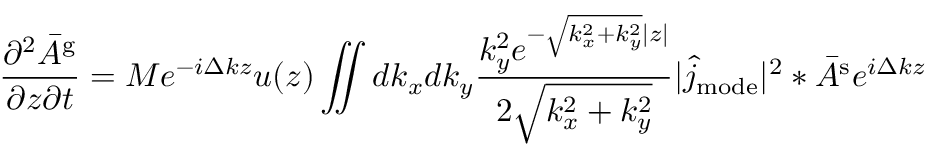
\frac { \partial ^ { 2 } \bar { A } ^ { \mathrm { g } } } { \partial z \partial t } = M e ^ { - i \Delta k z } u ( z ) \iint d k _ { x } d k _ { y } \frac { k _ { y } ^ { 2 } e ^ { - \sqrt { k _ { x } ^ { 2 } + k _ { y } ^ { 2 } } | z | } } { 2 \sqrt { k _ { x } ^ { 2 } + k _ { y } ^ { 2 } } } | \hat { j } _ { \mathrm { m o d e } } | ^ { 2 } \ast \bar { A } ^ { \mathrm { s } } e ^ { i \Delta k z }